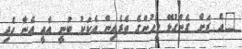
"އެ ރަށް ގެންގުޅޭ މީހުންގެ ތެރެއިން އެކަކު ބުނީ އެއީ އެނާ ހެދި